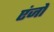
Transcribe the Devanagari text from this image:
एंजो